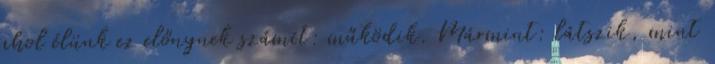
ahol élünk ez előnynek számít: működik. Mármint: látszik, mint